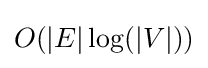
O(|E|\log(|V|))